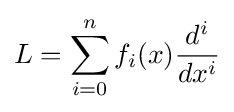
L=\sum _{i=0}^{n}f_{i}(x){\frac {d^{i}}{dx^{i}}}